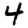
Digit: 4